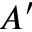
A ^ { \prime }